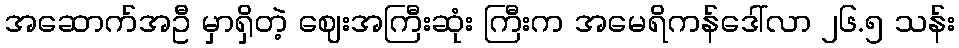
အဆောက်အဦ မှာရှိတဲ့ ဈေးအကြီးဆုံး ကြီးက အမေရိကန်ဒေါ်လာ ၂၆.၅ သန်း